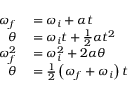
\begin{array} { r l } { \omega _ { f } } & { { } = \omega _ { i } + \alpha t } \\ { \theta } & { { } = \omega _ { i } t + { \frac { 1 } { 2 } } \alpha t ^ { 2 } } \\ { \omega _ { f } ^ { 2 } } & { { } = \omega _ { i } ^ { 2 } + 2 \alpha \theta } \\ { \theta } & { { } = { \frac { 1 } { 2 } } \left( \omega _ { f } + \omega _ { i } \right) t } \end{array}